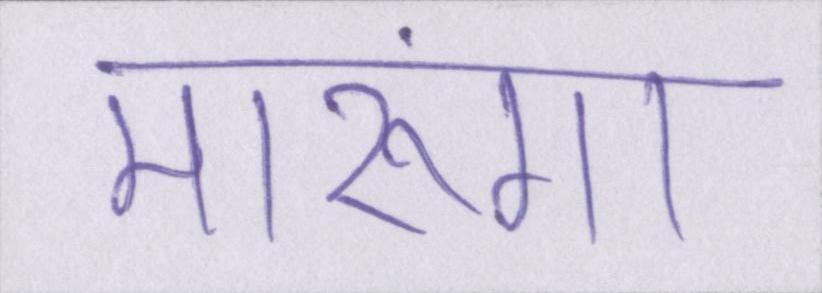
मारूंगा